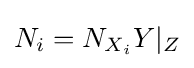
N_{i}=N_{X_{i}}Y|_{Z}